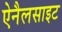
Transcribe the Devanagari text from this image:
ऐनैलसाइट